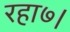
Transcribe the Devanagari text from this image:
रहा७।